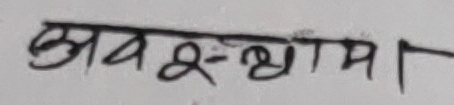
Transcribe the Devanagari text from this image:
अवस्था